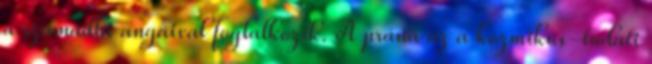
a szamádhi angáival foglalkozik. A prána az a kozmikus-tudati